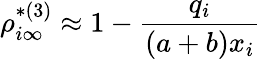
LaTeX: \rho_{i\infty}^{*(3)}\approx 1-\frac{q_{i}}{(a+b)x_{i}}